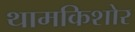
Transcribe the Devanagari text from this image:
थामकिशोर